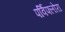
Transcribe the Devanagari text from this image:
पर्विफ्लोरा